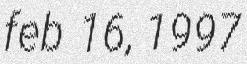
feb 16, 1997